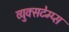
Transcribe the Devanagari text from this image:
व्युक्सटेम्प्स